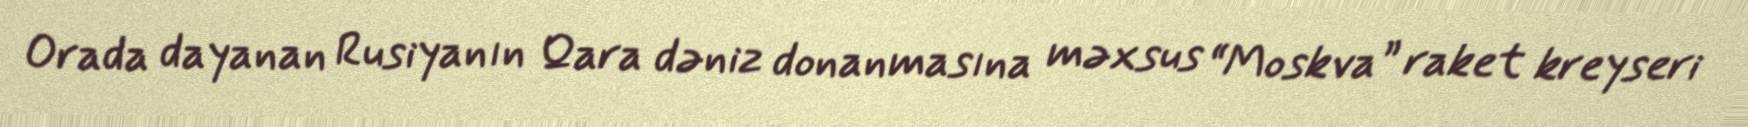
Orada dayanan Rusiyanın Qara dəniz donanmasına məxsus “Moskva” raket kreyseri